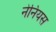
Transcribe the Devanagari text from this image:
नेनियस